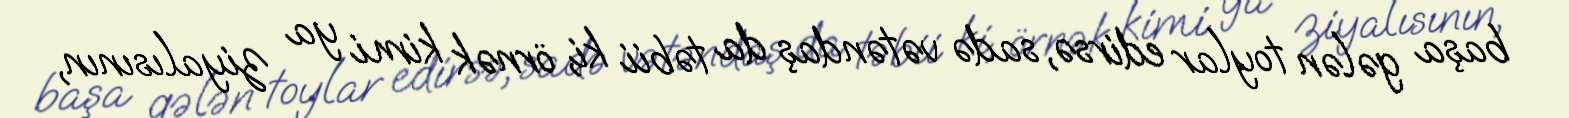
başa gələn toylar edirsə, sadə vətəndaş da təbii ki, örnək kimi ya ziyalısının,